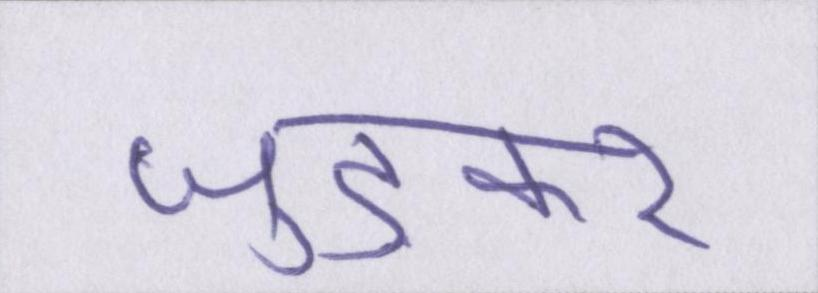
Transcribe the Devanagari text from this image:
जुड़कर